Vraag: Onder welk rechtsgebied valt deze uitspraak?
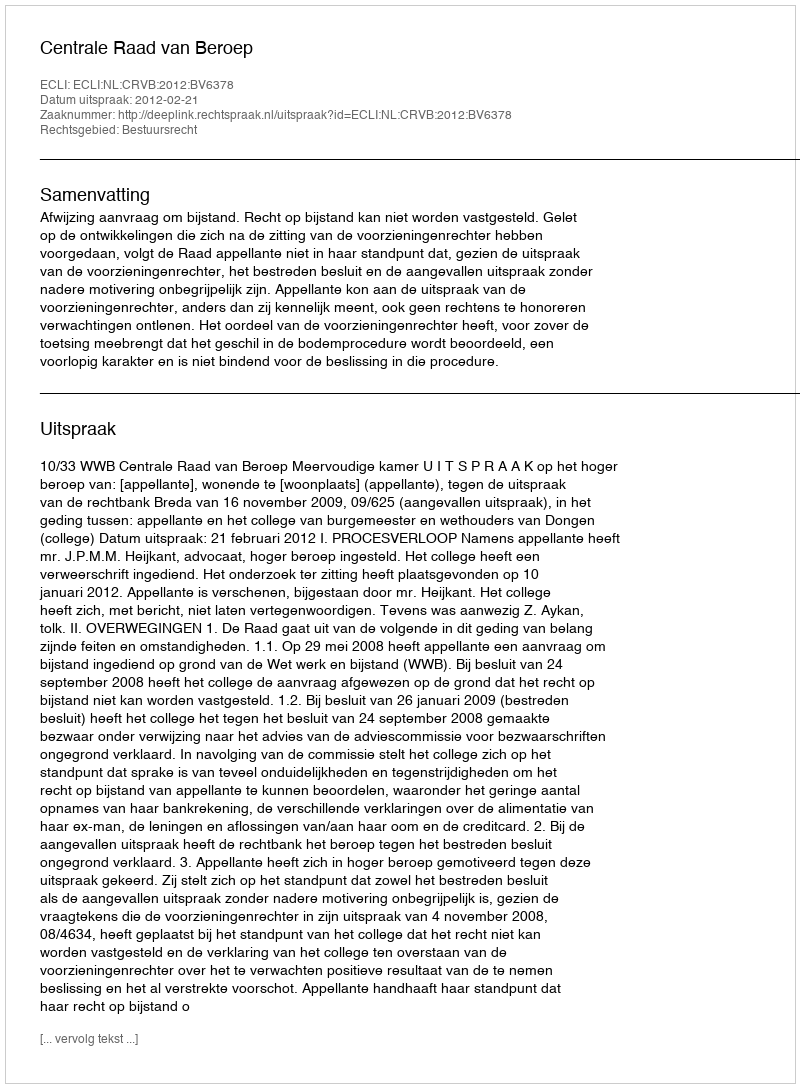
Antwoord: Bestuursrecht